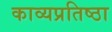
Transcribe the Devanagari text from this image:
काव्यप्रतिष्ठा